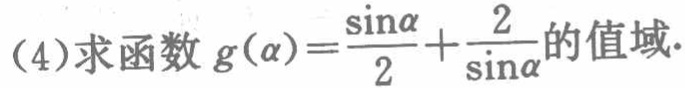
(4)求函数\(g(\alpha)=\frac{\sin\alpha}{2}+\frac{2}{\sin\alpha}\)的值域.